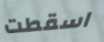
اسقطت